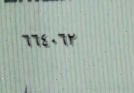
٦٦٤٠٦٢